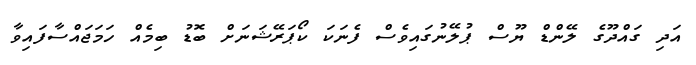
އަދި ގައްދޫގެ ލޭންޑް ޔޫސް ޕުލޭނުގައިވެސް ފެނަކަ ކޯޕަރޭޝަނަށް ބޮޑު ބިމެއް ހަމަޖައްސާފައިވާ